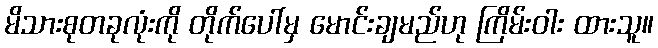
မိသားစုတခုလုံးကို တိုက်ပေါ်မှ မောင်းချမည်ဟု ကြိမ်းဝါး ထားသူ။